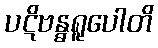
ပဋိဗန္ဓရူပေါတိ